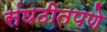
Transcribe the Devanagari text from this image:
संघठीतपणे